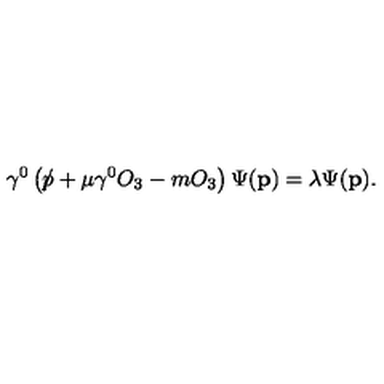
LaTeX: \gamma ^ { 0 } \left( \rlap \slash p + \mu \gamma ^ { 0 } O _ { 3 } - m O _ { 3 } \right) \Psi ( \mathbf { p } ) = \lambda \Psi ( \mathbf { p } ) .